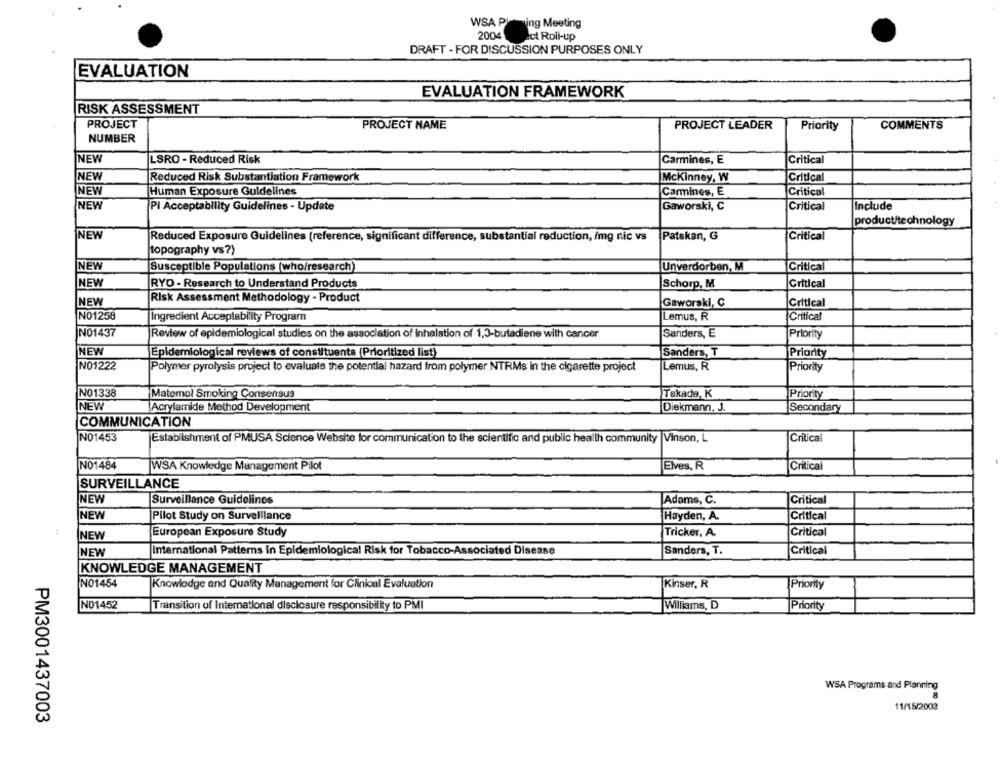
WSA PI-ing Meeting
2004
ect Roll-up
DRAFT - FOR DISCUSSION PURPOSES ONLY
EVALUATION
EVALUATION FRAMEWORK
RISK ASSESSMENT
PROJECT
PROJECT NAME
PROJECT LEADER
Priority
COMMENTS
NUMBER
NEW
LSRO - Reduced Risk
Carmines, E
Critical
NEW
Reduced Risk Substantiation Framework
Mckinney, W
Critical
NEW
Human Exposure Guidelines
Carmines, E
Critical
NEW
PI Acceptability Guidelines - Update
Gaworski, C
Critical
Include
product/technology
NEW
Reduced Exposure Guidelines (reference, significant difference, substantial reduction, img nic vs
Patskan, G
Critical
topography vs?)
NEW
Susceptible Populations (who/research)
Unverdorben, M
Critical
NEW
Critical
RYO - Research to Understand Products
Schorp, M
NEW
Risk Assessment Methodology - Product
Gaworski, C
Critical
NO1258
Ingredient Acceptability Program
Lemus, R
Critical
NO1437
Review of epidemiological studies on the association of inhalation of 1,3-butadiene with cancer
Sanders, E
Priority
NEW
Epidemiological reviews of constituents (Prioritized list)
Sanders, T
Priority
NO1222
Lemus, R
Polymer pyrolysis project to evaluate the potential hazard from polymer NTRMs in the cigarette project
Priority
NO1338
Matemel Smoking Consensus
Takada, K
Priority
NEW
Acrylamide Method Development
Diekmann, J.
Secondary
COMMUNICATION
NO1453
Establishment of PMUSA Science Website for communication to the scientific and public health community Vinson, L
Critical
Elves, R
NO1484
WSA Knowledge Management Pilot
Critical
SURVEILLANCE
NEW
Surveillance Guidolinos
Adams, C.
Critical
NEW
Pilot Study on Surveillance
Hayden, A.
Critical
European Exposure Study
Tricker, A.
Critical
NEW
International Patterns in Epidemiological Risk for Tobacco-Associated Disease
NEW
Sanders, T.
Critical
KNOWLEDGE MANAGEMENT
NO1484
Knowledge and Quality Management for Clinical Evaluation
Kinser, R
Priority
ND1452
Transition uf International disclosure responsibility to PMI
Williams, D
Priority
WSA Programs and Planning
11/15/2003
PM3001437003